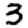
Digit: 3